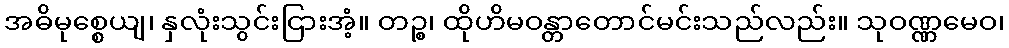
အဓိမုစ္စေယျ၊ နှလုံးသွင်းငြားအံ့။ တဉ္စ၊ ထိုဟိမဝန္တာတောင်မင်းသည်လည်း။ သုဝဏ္ဏမေဝ၊